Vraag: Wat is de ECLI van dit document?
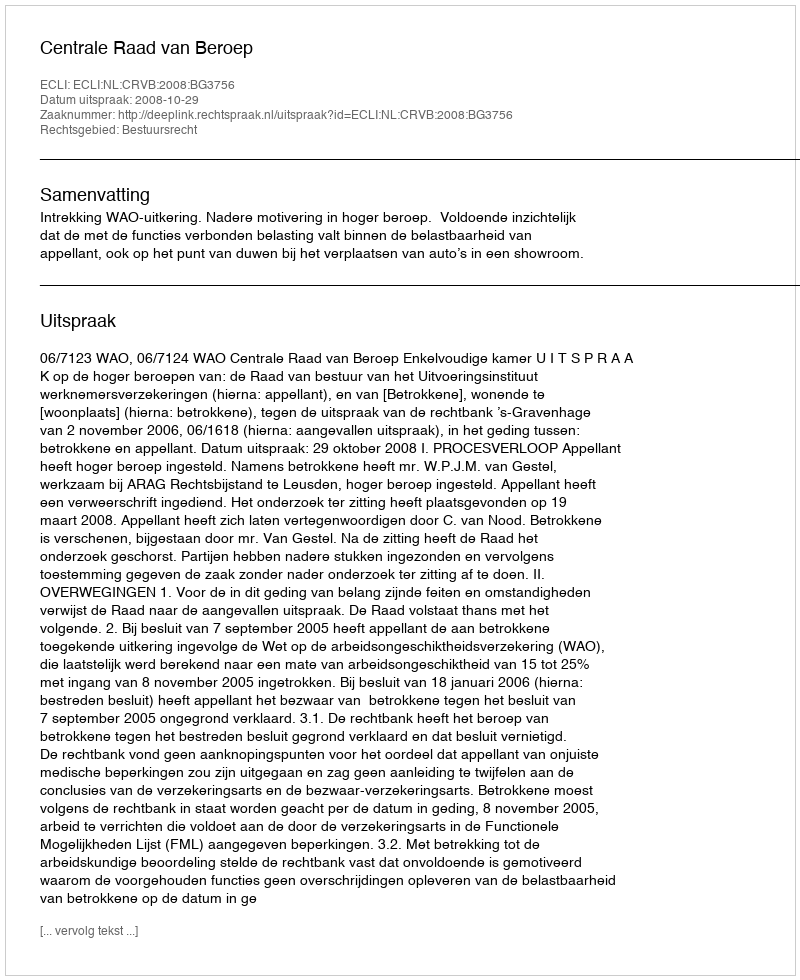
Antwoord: ECLI:NL:CRVB:2008:BG3756